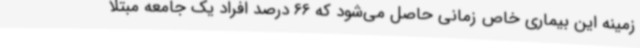
زمینه این بیماری خاص زمانی حاصل می‌شود که 66 درصد افراد یک جامعه مبتلا